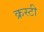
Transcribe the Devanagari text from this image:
क्रस्टी